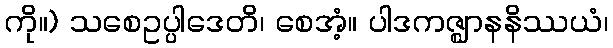
ကို။) သစေဥပ္ပါဒေတိ၊ စေအံ့။ ပါဒကဇ္ဈာနနိဿယံ၊